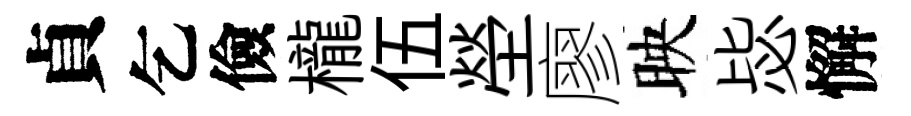
貞乞儉櫳伍塋廖映毖懈